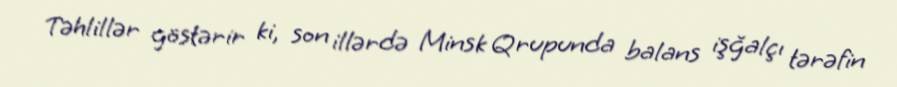
Təhlillər göstərir ki, son illərdə Minsk Qrupunda balans işğalçı tərəfin